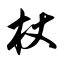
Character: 杖